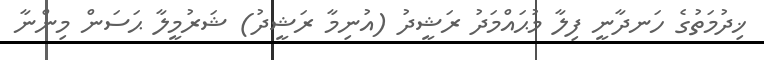
ޚިދުމަތުގެ ހަނދާނީ ފިލާ މުޙައްމަދު ރަޝީދު (އުނިމާ ރަޝީދު) ޝަރުމީލާ ޙަސަން މިންނާ